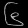
Digit: ၆